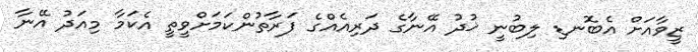
ޒީވާއަށް އެބޮނޑި ލިބުނީ ޚުދު އޭނާގެ ދަރިއެއްގެ ފަރާތުންކަމަށްވީތީ އެކަމާ މިއަދު އޭނާ